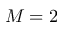
M = 2